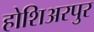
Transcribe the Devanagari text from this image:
होशिअरपुर